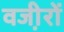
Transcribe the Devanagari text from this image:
वजी़रों